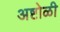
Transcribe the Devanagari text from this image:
अष्टोळी